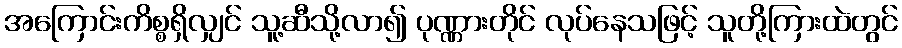
အကြောင်းကိစ္စရှိလျှင် သူ့ဆီသို့လာ၍ ပုဏ္ဏားတိုင် လုပ်နေသဖြင့် သူတို့ကြားထဲတွင်